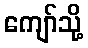
ကျော်သို့